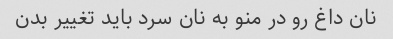
نان داغ رو در منو به نان سرد باید تغییر بدن